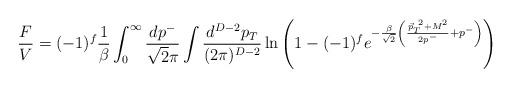
LaTeX: \begin{align*}\frac{F}{V}= (-1)^f\frac{1}{\beta}\int_0^\infty \frac{dp^-}{\sqrt{2}\pi}\int \frac{d^{D-2}p_T}{(2\pi)^{D-2}}\ln\left( 1-(-1)^f e^{-\frac{\beta}{\sqrt{2}}\left(\frac{{\vec p_T}^{~2}+M^2}{2p^-}+p^-\right)}\right)\end{align*}